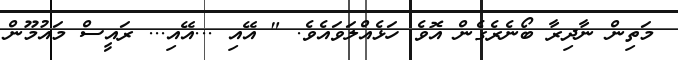
މަތިން ނާދިރާ ބޯނެރެގެން އޮވެ ހަޅެއްލަވައެވެ. " އޭއި ...އޭއި... ރައީސް މައުމޫން